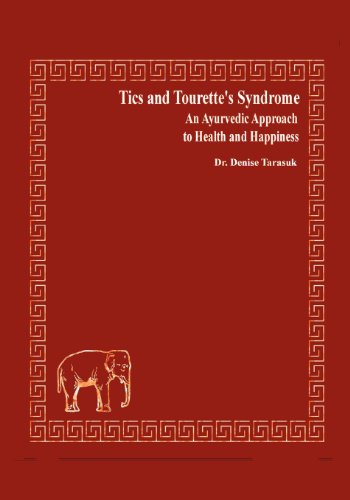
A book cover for Tics and Tourette's Syndrome: An Ayurvedic Approach to Health and Happiness; Dr Denise Tarasuk; Health, Fitness & Dieting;